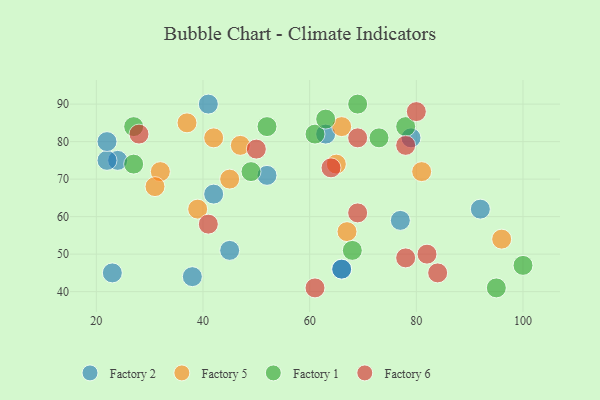
{"axis": {"x": "GDP", "y": "Life Expectancy"}, "legend": ["Factory 1", "Factory 2", "Factory 5", "Factory 6"], "data": [{"x": "24", "y": 75, "type": "Factory 2"}, {"x": "52", "y": 71, "type": "Factory 2"}, {"x": "41", "y": 90, "type": "Factory 2"}, {"x": "42", "y": 66, "type": "Factory 2"}, {"x": "66", "y": 46, "type": "Factory 2"}, {"x": "45", "y": 51, "type": "Factory 2"}, {"x": "79", "y": 81, "type": "Factory 2"}, {"x": "63", "y": 82, "type": "Factory 2"}, {"x": "92", "y": 62, "type": "Factory 2"}, {"x": "66", "y": 46, "type": "Factory 2"}, {"x": "23", "y": 45, "type": "Factory 2"}, {"x": "38", "y": 44, "type": "Factory 2"}, {"x": "22", "y": 75, "type": "Factory 2"}, {"x": "22", "y": 80, "type": "Factory 2"}, {"x": "77", "y": 59, "type": "Factory 2"}, {"x": "42", "y": 81, "type": "Factory 5"}, {"x": "37", "y": 85, "type": "Factory 5"}, {"x": "81", "y": 72, "type": "Factory 5"}, {"x": "66", "y": 84, "type": "Factory 5"}, {"x": "65", "y": 74, "type": "Factory 5"}, {"x": "96", "y": 54, "type": "Factory 5"}, {"x": "32", "y": 72, "type": "Factory 5"}, {"x": "45", "y": 70, "type": "Factory 5"}, {"x": "47", "y": 79, "type": "Factory 5"}, {"x": "31", "y": 68, "type": "Factory 5"}, {"x": "39", "y": 62, "type": "Factory 5"}, {"x": "67", "y": 56, "type": "Factory 5"}, {"x": "52", "y": 84, "type": "Factory 1"}, {"x": "78", "y": 84, "type": "Factory 1"}, {"x": "27", "y": 74, "type": "Factory 1"}, {"x": "49", "y": 72, "type": "Factory 1"}, {"x": "61", "y": 82, "type": "Factory 1"}, {"x": "68", "y": 51, "type": "Factory 1"}, {"x": "100", "y": 47, "type": "Factory 1"}, {"x": "95", "y": 41, "type": "Factory 1"}, {"x": "73", "y": 81, "type": "Factory 1"}, {"x": "69", "y": 90, "type": "Factory 1"}, {"x": "63", "y": 86, "type": "Factory 1"}, {"x": "27", "y": 84, "type": "Factory 1"}, {"x": "50", "y": 78, "type": "Factory 6"}, {"x": "64", "y": 73, "type": "Factory 6"}, {"x": "78", "y": 49, "type": "Factory 6"}, {"x": "28", "y": 82, "type": "Factory 6"}, {"x": "61", "y": 41, "type": "Factory 6"}, {"x": "41", "y": 58, "type": "Factory 6"}, {"x": "80", "y": 88, "type": "Factory 6"}, {"x": "82", "y": 50, "type": "Factory 6"}, {"x": "69", "y": 61, "type": "Factory 6"}, {"x": "78", "y": 79, "type": "Factory 6"}, {"x": "69", "y": 81, "type": "Factory 6"}, {"x": "84", "y": 45, "type": "Factory 6"}]}